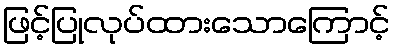
ဖြင့်ပြုလုပ်ထားသောကြောင့်